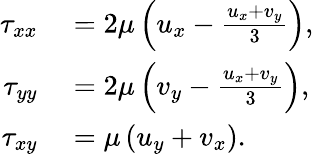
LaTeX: \begin{array}{rl}{\tau_{xx}}&{{}=2\mu\left(u_{x}-\frac{u_{x}+v_{y}}{3}\right),}\\ {\tau_{yy}}&{{}=2\mu\left(v_{y}-\frac{{u}_{x}+{v}_{y}}{3}\right),}\\ {\tau_{xy}}&{{}=\mu\left(u_{y}+{v}_{x}\right).}\end{array}